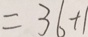
= 3 6 + 1